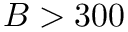
B > 3 0 0